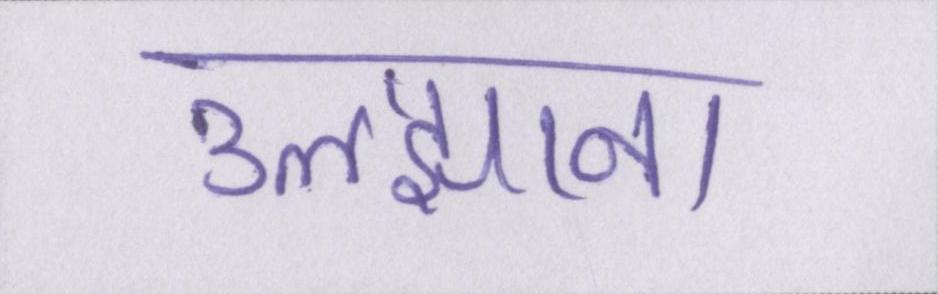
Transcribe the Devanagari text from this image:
उलझाना